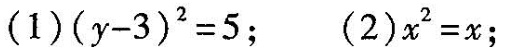
(1)$$(y-3)^{2}=5$$；(2)$$x^{2}=x$$；